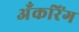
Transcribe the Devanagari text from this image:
अँकरिंग